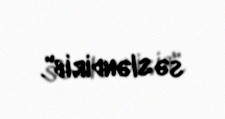
səsləndirib".